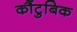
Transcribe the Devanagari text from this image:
कौंटुबिक